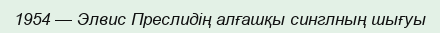
1954 — Элвис Преслидің алғашқы синглның шығуы